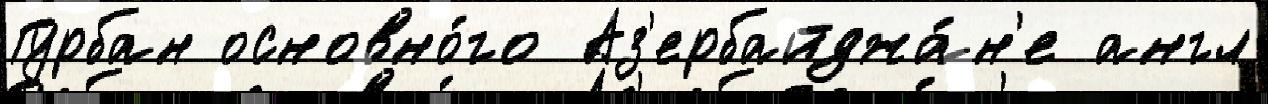
Гурбан основно́го Аз'ербайджа́н'е англ